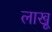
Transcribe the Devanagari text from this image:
लाखू